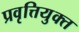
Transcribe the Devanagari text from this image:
प्रवृत्तियुक्त